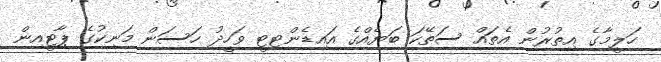
ހަލީމާގެ އިތުރުން އެތައް ސަތޭކަ ބަޔެއްގެ އައިޑެންޓިޓީ ވަހީދު ހަސަން މަނިކުގެ ޕާޓީއިން